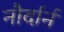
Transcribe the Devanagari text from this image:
नौर्दार्न